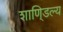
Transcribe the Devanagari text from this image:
शाणि्डल्य